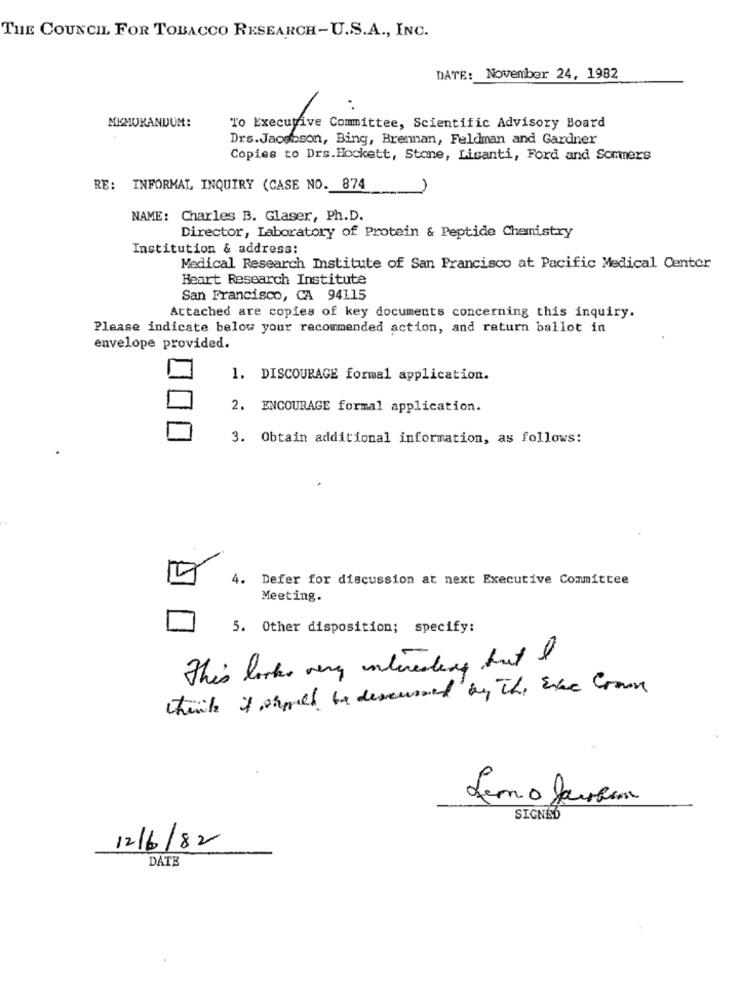
THE COUNCIL FOR TOBACCO RESEARCH-U.S.A ., INC.
DATE: November 24, 1982
MEMORANDUM:
To Executive Committee, Scientific Advisory Board
Drs.Jacobson, Bing, Brennan, Feldman and Gardner
Copies to Drs.Hockett, Stone, Lisanti, Ford and Sommers
RE: INFORMAL INQUIRY (CASE NO. 874
NAME: Charles B. Glaser, Ph.D.
Director, Laboratory of Protein & Peptide Chemistry
Institution & address:
Medical Research Institute of San Francisco at Pacific Medical Center
Heart Research Institute
San Francisco, CA 94115
Attached are copies of key documents concerning this inquiry.
Please indicate below your recommended action, and return ballot in
envelope provided.
1. DISCOURAGE formal application.
2. ENCOURAGE formal application.
3. Obtain additional information, as follows:
4. Defer for discussion at next Executive Committee
Meeting.
5. Other disposition; specify:
This looks very interested
think it ormeet be deveused by The Eve Cron
SIGNED
12/6/82
DATE